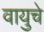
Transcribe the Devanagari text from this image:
वायुचे